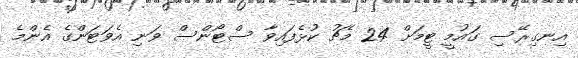
އިނގިރޭސި ގައުމީ ޓީމަށް 24 މެޗު ކުޅެފައިވާ ސްޓޯންސް ވަނި އެވަޓަންގެ އެންމެ